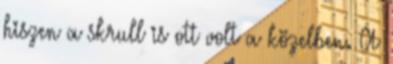
hiszen a skrull is ott volt a közelben. A